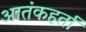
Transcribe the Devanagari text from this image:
आतंकहर्ता